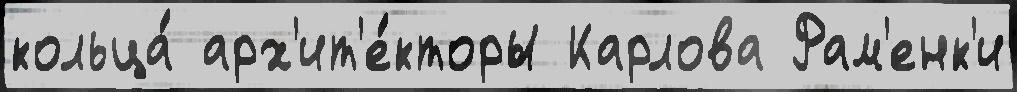
кольца́ арх'ит'е́кторы Карлова Рам'енк'и